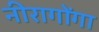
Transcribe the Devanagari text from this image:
नीरागोंगा